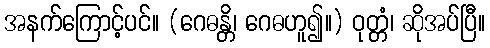
အနက်ကြောင့်ပင်။ (ဂေဓန္တိ၊ ဂေဓဟူ၍။) ဝုတ္တံ၊ ဆိုအပ်ပြီ။